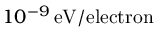
1 0 ^ { - 9 } \, \mathrm { e V / e l e c t r o n }